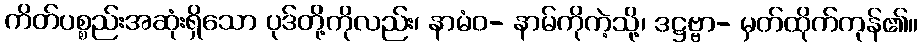
ကိတ်ပစ္စည်းအဆုံးရှိသော ပုဒ်တို့ကိုလည်း၊ နာမံဝ- နာမ်ကိုကဲ့သို့၊ ဒဋ္ဌဗ္ဗာ- မှတ်ထိုက်ကုန်၏။